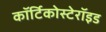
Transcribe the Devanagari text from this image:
कॉर्टिकोस्टेरॉइड